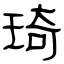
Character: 琦